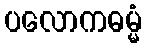
ပလောကဓမ္မံ